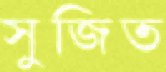
সুজিত